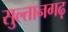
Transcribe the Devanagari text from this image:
सुल्तानगढ़